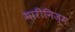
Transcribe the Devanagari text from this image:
मारीनिज्म